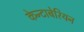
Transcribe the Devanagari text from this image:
केन्टाबेरियन